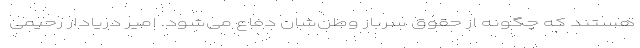
هستند که چگونه از حقوق سرباز وطن‌شان دفاع می‌شود. امیر دریادار رحیمی